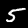
Digit: 5